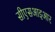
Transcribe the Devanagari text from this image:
सीएसआइआर